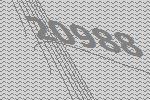
20988